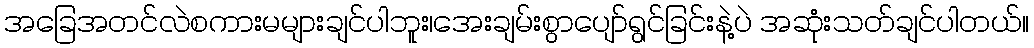
အခြေအတင်လဲစကားမများချင်ပါဘူး၊အေးချမ်းစွာပျော်ရွင်ခြင်းနဲ့ပဲ အဆုံးသတ်ချင်ပါတယ်။